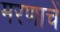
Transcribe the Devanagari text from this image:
मरणाचें